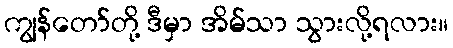
ကျွန်တော်တို့ ဒီမှာ အိမ်သာ သွားလို့ရလား။